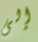
إلى